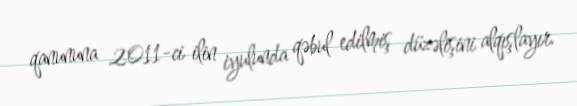
qanununa 2011-ci ilin iyulunda qəbul edilmiş düzəlişini alqışlayır.